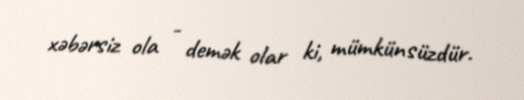
xəbərsiz ola - demək olar ki, mümkünsüzdür.